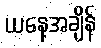
ယနေ့အချိန်